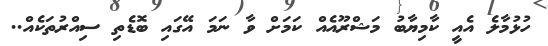
ހުޅުމާލެ އެއީ ކާމިޔާބު މަޝްރޫއެއް ކަމަށް ވާ ނަމަ އޭގައި ބޮޑެތި ސިއްރުތަކެއް..